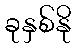
ခုနှစ်နို